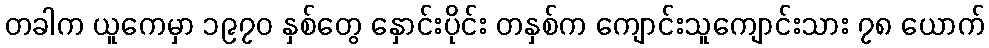
တခါက ယူကေမှာ ၁၉၇၀ နှစ်တွေ နှောင်းပိုင်း တနှစ်က ကျောင်းသူကျောင်းသား ၇၈ ယောက်